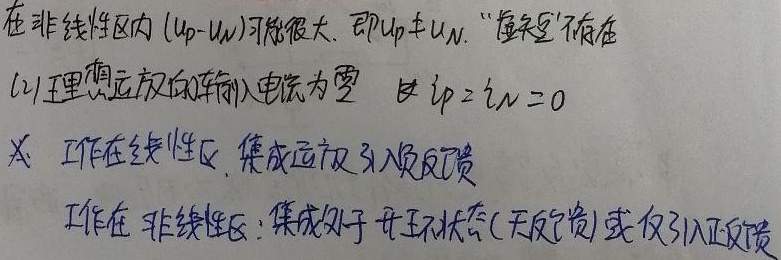
在非线性区内，\((u_{P}-u_{N})\)可能很大，即\(u_{P}\neq u_{N}\)，“虚短”不存在。
(2)理想运放的输入电流为零，即\(i_{P}=i_{N}=0\)。
又，工作在线性区，集成运放引入负反馈；工作在非线性区，集成处于开环状态（无反馈）或仅引入正反馈。